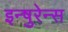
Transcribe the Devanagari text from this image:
इन्षुरेन्स